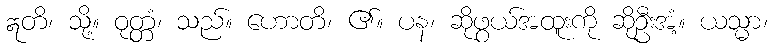
ဣတိ၊ သို့။ ဝုတ္တံ၊ သည်။ ဟောတိ၊ ၏။ ပန၊ ဆိုဖွယ်အထူးကို ဆိုဦးအံ့။ ယသ္မာ၊